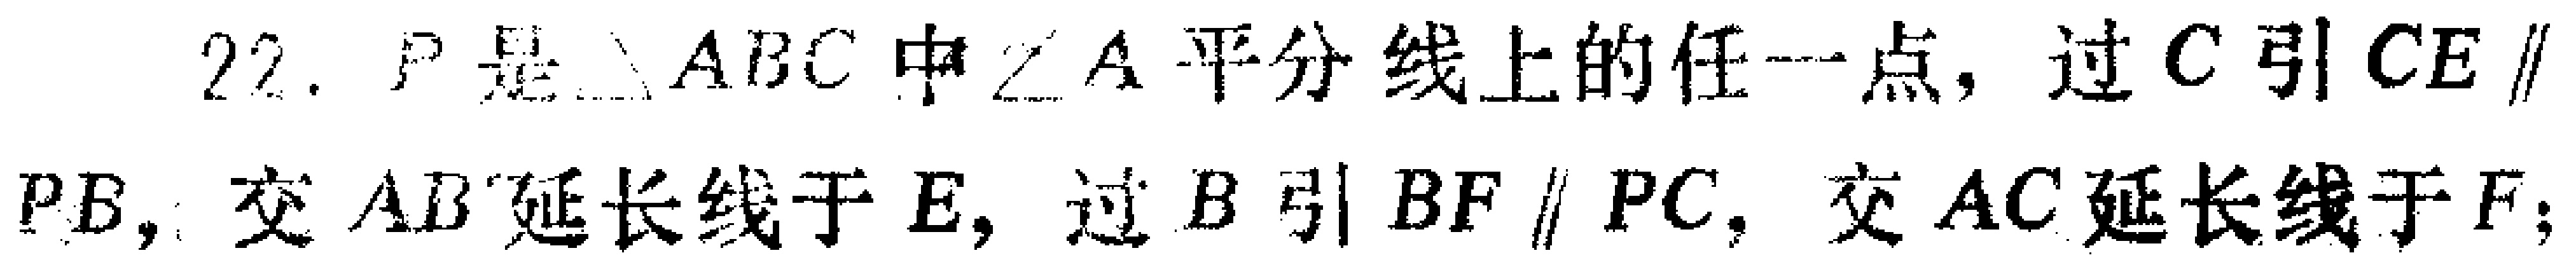
22. \(P\)是\(\triangle ABC\)中\(\angle A\)平分线上的任一点，过\(C\)引\(CE\parallel PB\)，交\(AB\)延长线于\(E\)，过\(B\)引\(BF\parallel PC\)，交\(AC\)延长线于\(F\)；